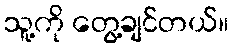
သူ့ကို တွေ့ချင်တယ်။